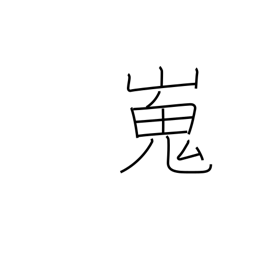
Meaning: high and flat